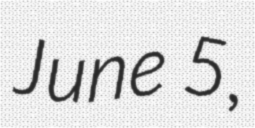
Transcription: June 5,